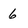
Character: 6